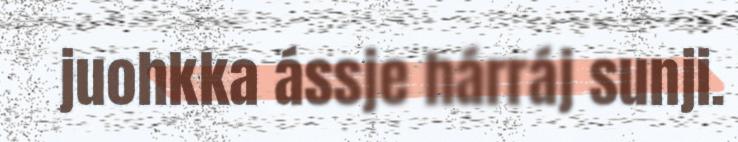
juohkka ássje hárráj sunji.